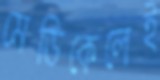
মেডিকেলেই